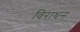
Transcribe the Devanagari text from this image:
विराधन